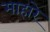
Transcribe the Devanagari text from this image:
माहारे